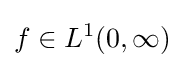
f\in L^{1}(0,\infty )